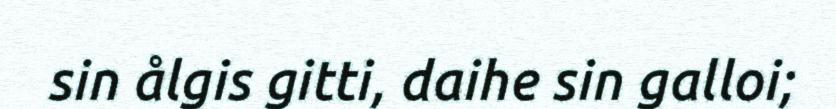
sin ålgis gitti, daihe sin galloi;